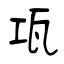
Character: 瓨